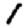
Digit: 1